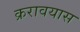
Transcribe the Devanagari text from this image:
क्ररावयास